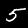
Digit: 5